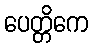
ပေတ္တိကေ